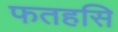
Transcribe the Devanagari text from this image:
फतहसि